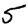
Digit: 5